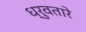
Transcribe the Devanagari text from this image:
ध्रुवतारे